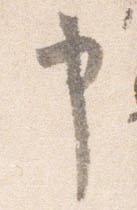
申